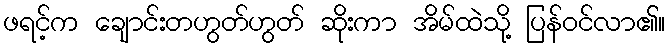
ဖရင့်က ချောင်းတဟွတ်ဟွတ် ဆိုးကာ အိမ်ထဲသို့ ပြန်ဝင်လာ၏။